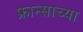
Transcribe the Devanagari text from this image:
फ्रान्साच्या